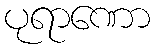
ပုရာဏော